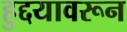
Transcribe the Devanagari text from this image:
हुद्दयावरून